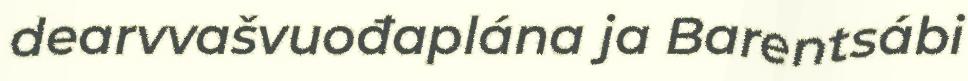
dearvvašvuođaplána ja Barentsábi